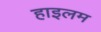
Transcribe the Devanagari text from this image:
हाइलम